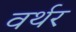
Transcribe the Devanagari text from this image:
वर्थर